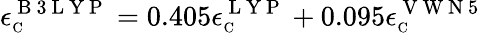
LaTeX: \epsilon_{\scriptscriptstyle\mathrm{C}}^{\mathrm{~B~3~L~Y~P~}}=0.405\epsilon_{\scriptscriptstyle\mathrm{C}}^{\mathrm{~L~Y~P~}}+0.095\epsilon_{\scriptscriptstyle\mathrm{C}}^{\mathrm{~V~W~N~5~}}